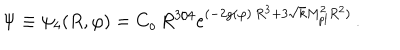
LaTeX: \Psi \equiv \psi _ { 4 } ( R , \varphi ) = C _ { o } \, R ^ { 3 / 4 } e ^ { ( - 2 g ( \varphi ) \, R ^ { 3 } + 3 \sqrt { k } M _ { p l } ^ { 2 } R ^ { 2 } ) } \, .